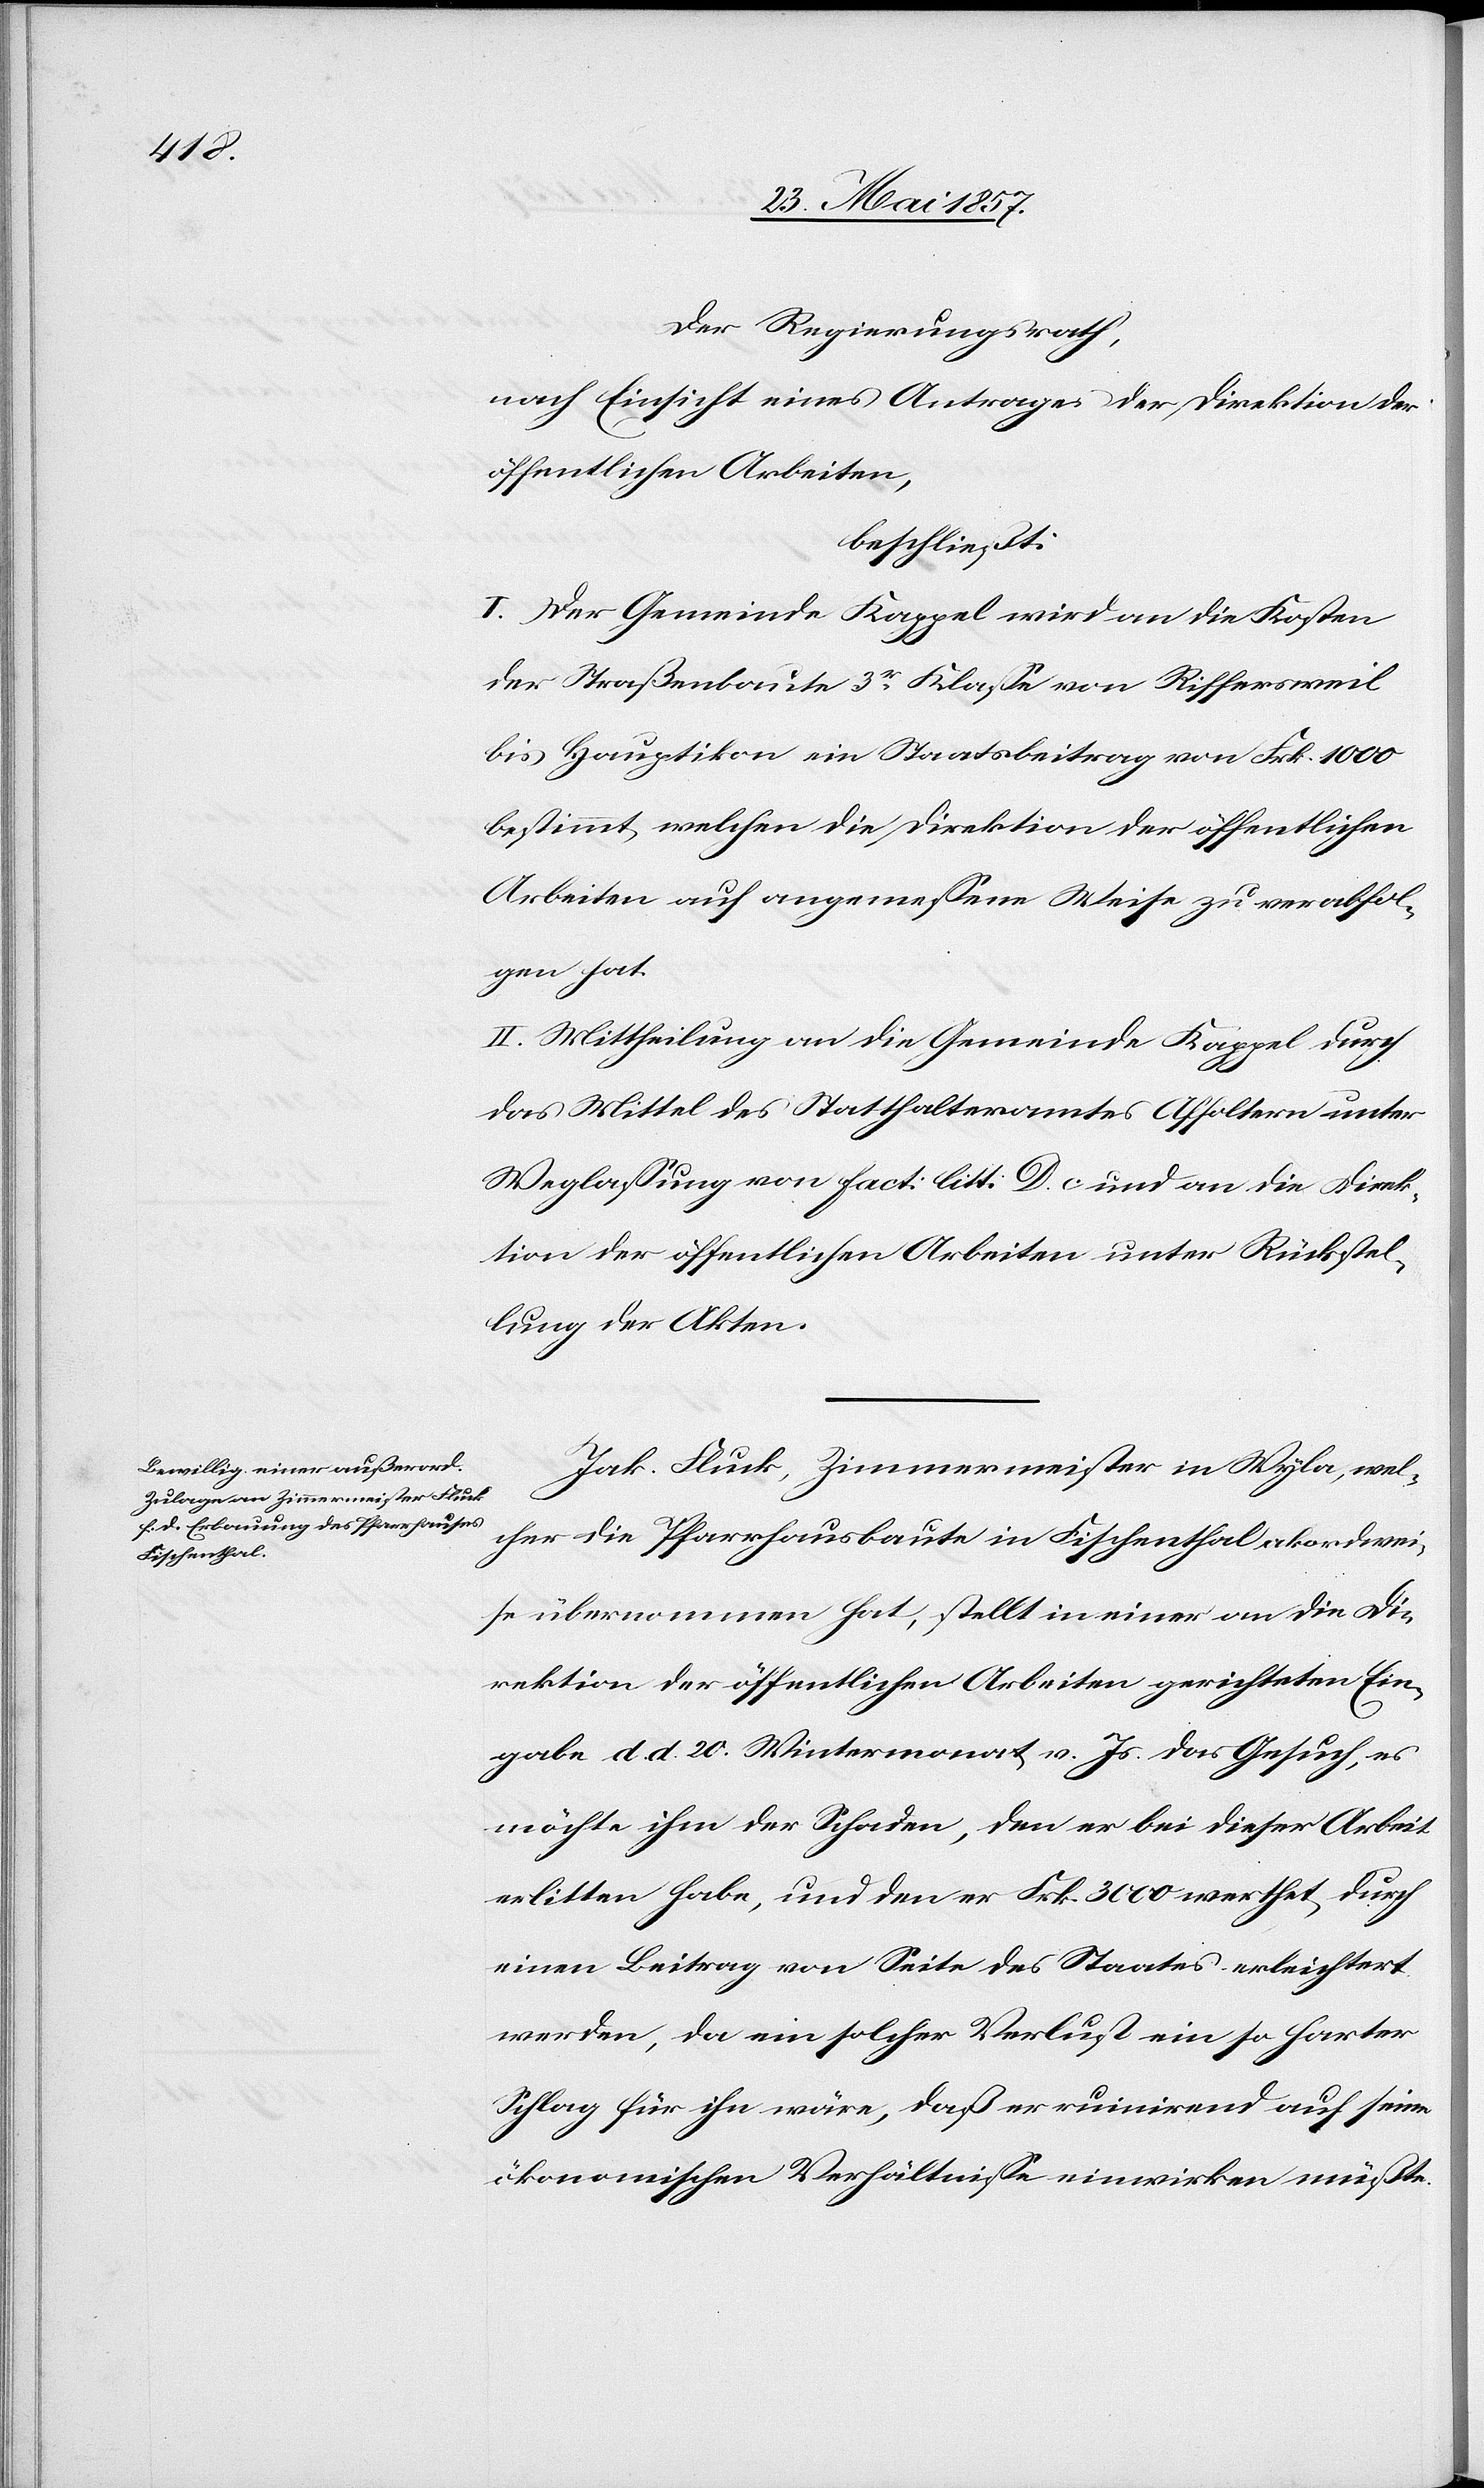
Der Regierungsrath,
nach Einsicht eines Antrages der Direktion der
öffentlichen Arbeiten,
beschließt:
I. Der Gemeinde Kappel wird an die Kosten
der Straßenbaute 3r Klasse von Riffersweil
bis Hauptikon ein Staatsbeitrag von Frk. 1000
bestimmt welchen die Direktion der öffentlichen
Arbeiten auf angemessene Weise zu verabfol¬
gen hat.
II. Mittheilung an die Gemeinde Kappel durch
das Mittel des Statthalteramtes Affoltern unter
Weglassung von Fact: litt. D. c. und an die Direk¬
tion der öffentlichen Arbeiten unter Rückstel¬
lung der Akten.
Jak. Fluck, Zimmermeister in Wyla, wel¬
cher die Pfarrhausbaute in Fischenthal akordwei¬
se übernommen hat, stellt in einer an die Di¬
rektion der öffentlichen Arbeiten gerichteten Ein¬
gabe d. d. 20 Wintermonat v. Js. das Gesuch, es
möchte ihm der Schaden, den er bei dieser Arbeit
erlitten habe, und den er Frk. 3000 werthet, durch
einen Beitrag von Seite des Staates erleichtert
werden, da ein solcher Verlust ein so harter
Schlag für ihn wäre, daß er ruinirend auf seine
ökonomischen Verhältnisse einwirken müßte.